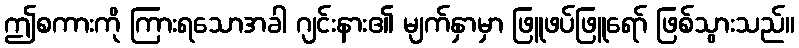
ဤစကားကို ကြားရသောအခါ ဂျင်းနား၏ မျက်နှာမှာ ဖြူဖပ်ဖြူရော် ဖြစ်သွားသည်။